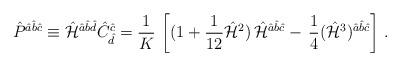
LaTeX: \begin{align*}\hat{P}^{\hat{a}\hat{b}\hat{c}} \equiv \hat{\cal H}^{\hat{a}\hat{b}\hat{d}}\hat{C}^{\hat{c}}_{\hat{d}} = {1 \over K} \, \left[ (1+{1 \over 12}\hat{{\cal H}}^2) \, \hat{\cal H}^{\hat{a}\hat{b}\hat{c}} -\, {1\over 4}(\hat{{\cal H}}^3)^{\hat{a}\hat{b}\hat{c}} \right] \, . \end{align*}